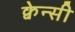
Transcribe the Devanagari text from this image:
क्वेन्सी